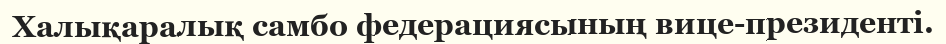
Халықаралық самбо федерациясының вице-президенті.